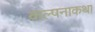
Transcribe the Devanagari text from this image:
कल्पनाकथा